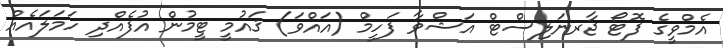
އެމްވީގެ ފޮޓޯ ޖާރނަލިސްޓް އަޝްވާ ފަހީމް (އައްވަ) ޤައުމީ ޓީމުން އުފެއްދި ހަމަލައެއް